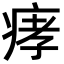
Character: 痚